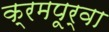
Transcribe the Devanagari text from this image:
क्रमपूर्वा